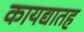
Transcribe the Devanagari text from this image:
कायद्यातह